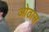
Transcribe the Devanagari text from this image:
ओठास